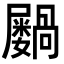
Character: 𫵭